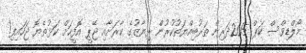
މޯލްޑިވްސް ކަޕް 2015ދަރިން ތަރުބިއްޔަތުކުރުން ރިޔާޒުގެ ކާރަށާއި ޖޭޕީ އޮފީހަށް ކަޅުތެޔޮ ޖަހައިފި!